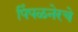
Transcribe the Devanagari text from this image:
पिंपळनेरचे